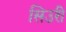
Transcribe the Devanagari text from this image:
सिउरी